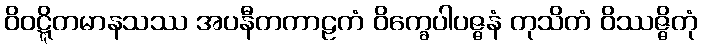
ဝိဝဋ္ဋိတမာနသဿ အပနီတကာဠကံ ဝိက္ခေပါပဇ္ဇနံ တုသိတံ ဝိဿဇ္ဇိတုံ